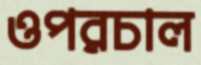
ওপরচাল